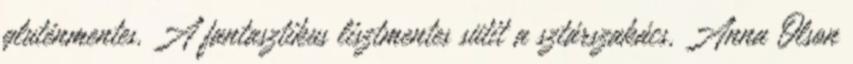
gluténmentes. A fantasztikus lisztmentes sütit a sztárszakács, Anna Olson